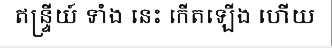
ឥន្ទ្រីយ៍ ទាំង នេះ កើតឡើង ហើយ